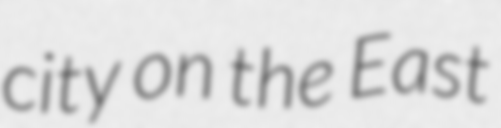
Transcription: city on the East